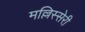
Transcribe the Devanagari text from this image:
मल्लिस्सेरी